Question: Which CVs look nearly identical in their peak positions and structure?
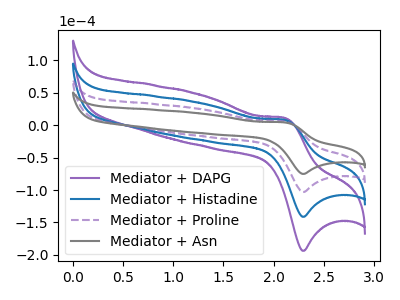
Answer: <think>The purple curve "Mediator + DAPG" has an anodic peak at (2.10V, 17.50uA) and a cathodic peak at (2.30V, -308.80uA). The blue curve "Mediator + Histadine" has an anodic peak at (2.10V, 11.70uA) and a cathodic peak at (2.30V, -205.85uA). The purple dashed curve "Mediator + Proline" has an anodic peak at (2.10V, 5.85uA) and a cathodic peak at (2.30V, -102.95uA). The gray curve "Mediator + Asn" has an anodic peak at (2.10V, 4.25uA) and a cathodic peak at (2.30V, -75.05uA).
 All the peaks in "Mediator + DAPG" have a peak in "Mediator + Histadine" at the same potential. Every peak in "Mediator + DAPG" is higher than every peak in "Mediator + Histadine". All the peaks in "Mediator + DAPG" have a peak in "Mediator + Proline" at the same potential. Every peak in "Mediator + DAPG" is higher than every peak in "Mediator + Proline". All the peaks in "Mediator + DAPG" have a peak in "Mediator + Asn" at the same potential. Every peak in "Mediator + DAPG" is higher than every peak in "Mediator + Asn". All the peaks in "Mediator + Histadine" have a peak in "Mediator + Proline" at the same potential. Every peak in "Mediator + Histadine" is higher than every peak in "Mediator + Proline". All the peaks in "Mediator + Histadine" have a peak in "Mediator + Asn" at the same potential. Every peak in "Mediator + Histadine" is higher than every peak in "Mediator + Asn". All the peaks in "Mediator + Proline" have a peak in "Mediator + Asn" at the same potential. Every peak in "Mediator + Proline" is higher than every peak in "Mediator + Asn".</think>
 <answer>"Mediator + Asn", "Mediator + DAPG", "Mediator + Histadine" and "Mediator + Proline" have the same shape and are likely CV's of the same chemical.</answer>
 <eval>"Mediator + Asn" "Mediator + DAPG" "Mediator + Histadine" "Mediator + Proline"</eval>